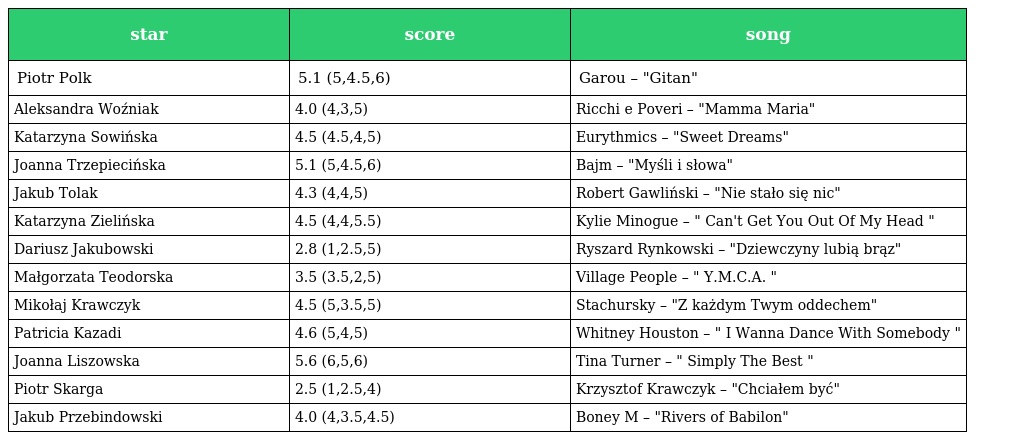
| star | score | song |
 | --- | --- | --- |
 | Piotr Polk | 5.1 (5,4.5,6) | Garou – "Gitan" |
 | Aleksandra Woźniak | 4.0 (4,3,5) | Ricchi e Poveri – "Mamma Maria" |
 | Katarzyna Sowińska | 4.5 (4.5,4,5) | Eurythmics – "Sweet Dreams" |
 | Joanna Trzepiecińska | 5.1 (5,4.5,6) | Bajm – "Myśli i słowa" |
 | Jakub Tolak | 4.3 (4,4,5) | Robert Gawliński – "Nie stało się nic" |
 | Katarzyna Zielińska | 4.5 (4,4,5.5) | Kylie Minogue – " Can't Get You Out Of My Head " |
 | Dariusz Jakubowski | 2.8 (1,2.5,5) | Ryszard Rynkowski – "Dziewczyny lubią brąz" |
 | Małgorzata Teodorska | 3.5 (3.5,2,5) | Village People – " Y.M.C.A. " |
 | Mikołaj Krawczyk | 4.5 (5,3.5,5) | Stachursky – "Z każdym Twym oddechem" |
 | Patricia Kazadi | 4.6 (5,4,5) | Whitney Houston – " I Wanna Dance With Somebody " |
 | Joanna Liszowska | 5.6 (6,5,6) | Tina Turner – " Simply The Best " |
 | Piotr Skarga | 2.5 (1,2.5,4) | Krzysztof Krawczyk – "Chciałem być" |
 | Jakub Przebindowski | 4.0 (4,3.5,4.5) | Boney M – "Rivers of Babilon" |